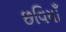
છવિયાઁ